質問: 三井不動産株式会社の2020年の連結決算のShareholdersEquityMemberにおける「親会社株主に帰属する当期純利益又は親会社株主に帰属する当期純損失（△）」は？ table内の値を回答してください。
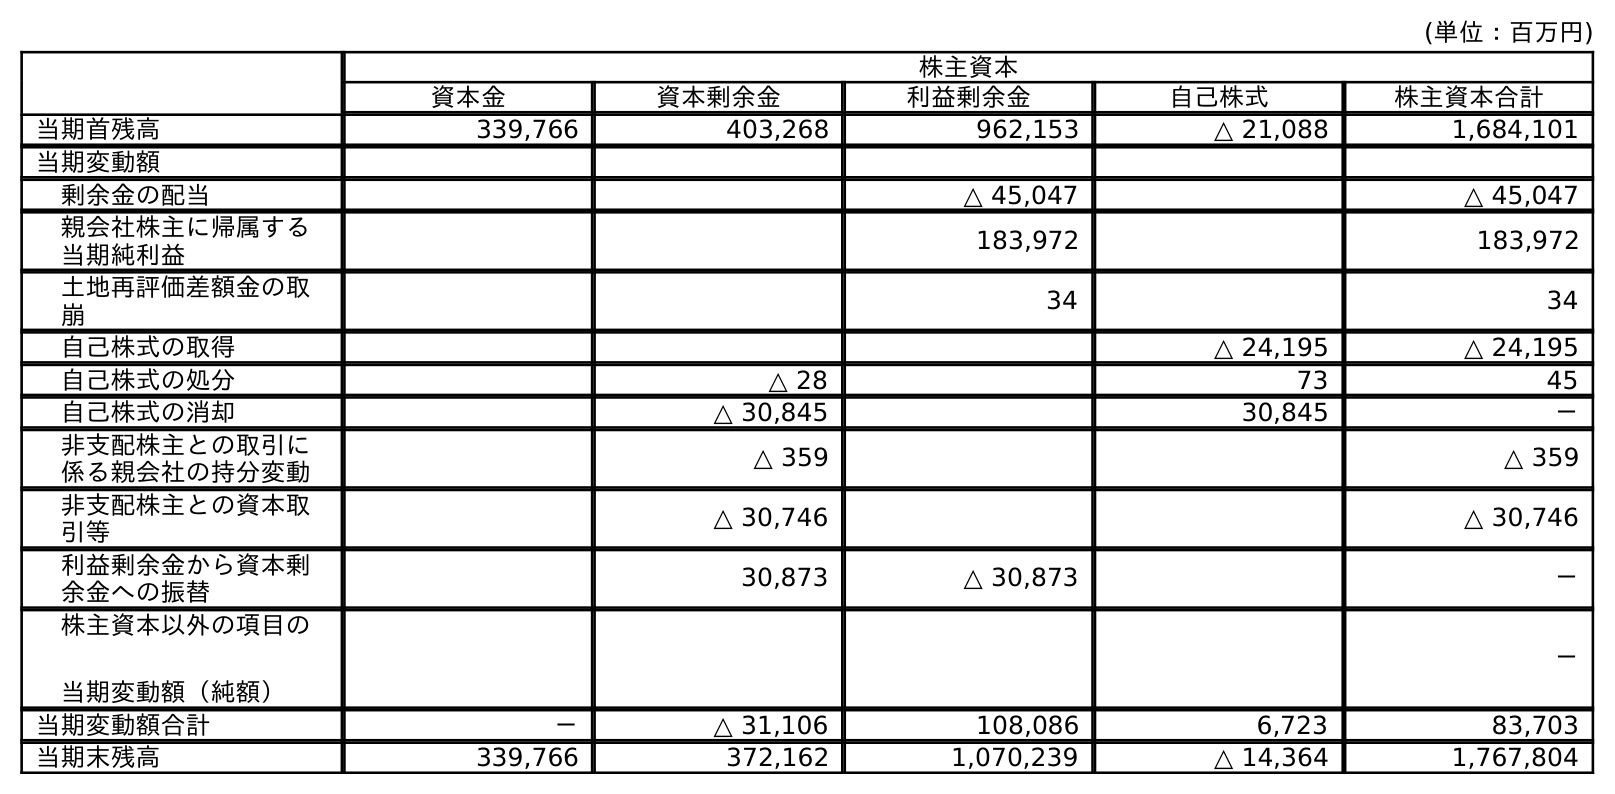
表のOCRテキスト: (単位：百万円) 株主資本 資本金 資本剰余金 利益剰余金 自己株式 株主資本合計 当期首残高 339,766 403,268 962,153 △ 21,088 1,684,101 当期変動額 剰余金の配当 △ 45,047 △ 45,047 親会社株主に帰属する 当期純利益 183,972 183,972 土地再評価差額金の取 崩 34 34 自己株式の取得 △ 24,195 △ 24,195 自己株式の処分 △ 28 73 45 自己株式の消却 △ 30,845 30,845 － 非支配株主との取引に 係る親会社の持分変動 △ 359 △ 359 非支配株主との資本取 引等 △ 30,746 △ 30,746 利益剰余金から資本剰 余金への振替 30,873 △ 30,873 － 株主資本以外の項目の 当期変動額（純額） － 当期変動額合計 － △ 31,106 108,086 6,723 83,703 当期末残高 339,766 372,162 1,070,239 △ 14,364 1,767,804
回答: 183,972